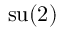
\operatorname { s u } ( 2 )